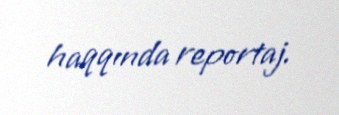
haqqında reportaj.